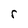
Character: r